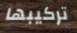
تركيبها